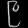
Digit: ၉